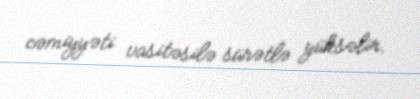
cəmiyyəti vasitəsilə sürətlə yüksəlir.